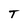
Character: T